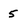
Character: 5